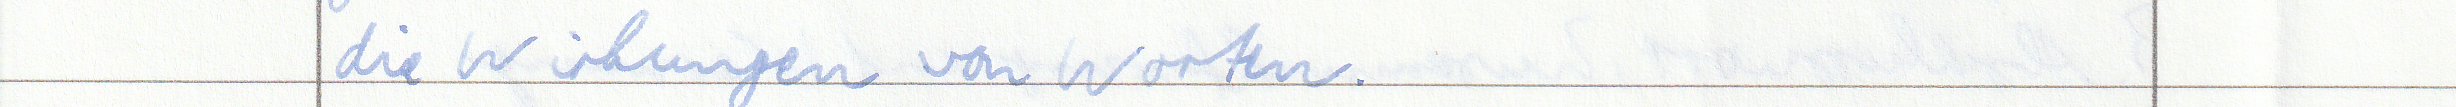
die Wirkungen von Worten.